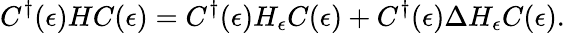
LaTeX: C^{\dagger}(\epsilon)HC(\epsilon)=C^{\dagger}(\epsilon)H_{\epsilon}C(\epsilon)+C^{\dagger}(\epsilon)\Delta H_{\epsilon}C(\epsilon).